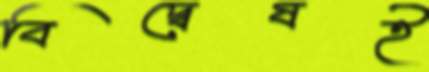
বিদ্বেষই